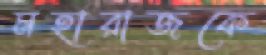
মহারাজকে